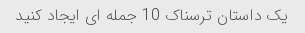
یک داستان ترسناک 10 جمله ای ایجاد کنید